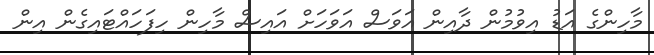
މާހިންގެ އަޑު އިވުމުން ދާއިން އަވަސް އަވަހަށް އައިސް މާހިން ހިފަހައްޓައިގެން އިން